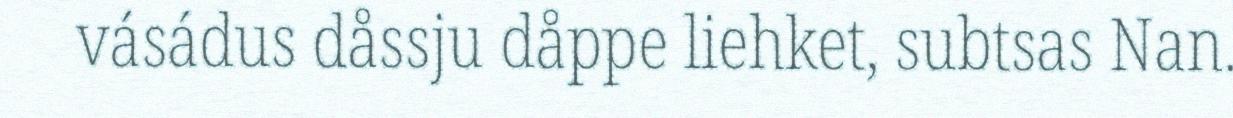
vásádus dåssju dåppe liehket, subtsas Nan.